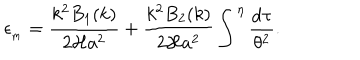
LaTeX: \epsilon _ { _ \mathrm { m } } = \frac { k ^ { 2 } B _ { 1 } ( k ) } { 2 { \cal H } a ^ { 2 } } + \frac { k ^ { 2 } B _ { 2 } ( k ) } { 2 { \cal H } a ^ { 2 } } \int ^ { \eta } \frac { \mathrm { d } \tau } { \theta ^ { 2 } } .